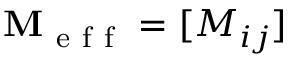
\mathbf { M } _ { \mathrm { ~ e ~ f ~ f ~ } } = [ M _ { i j } ]